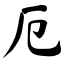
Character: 厄